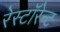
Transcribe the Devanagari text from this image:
रेस्टॉरेन्ट